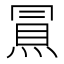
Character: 𰟀